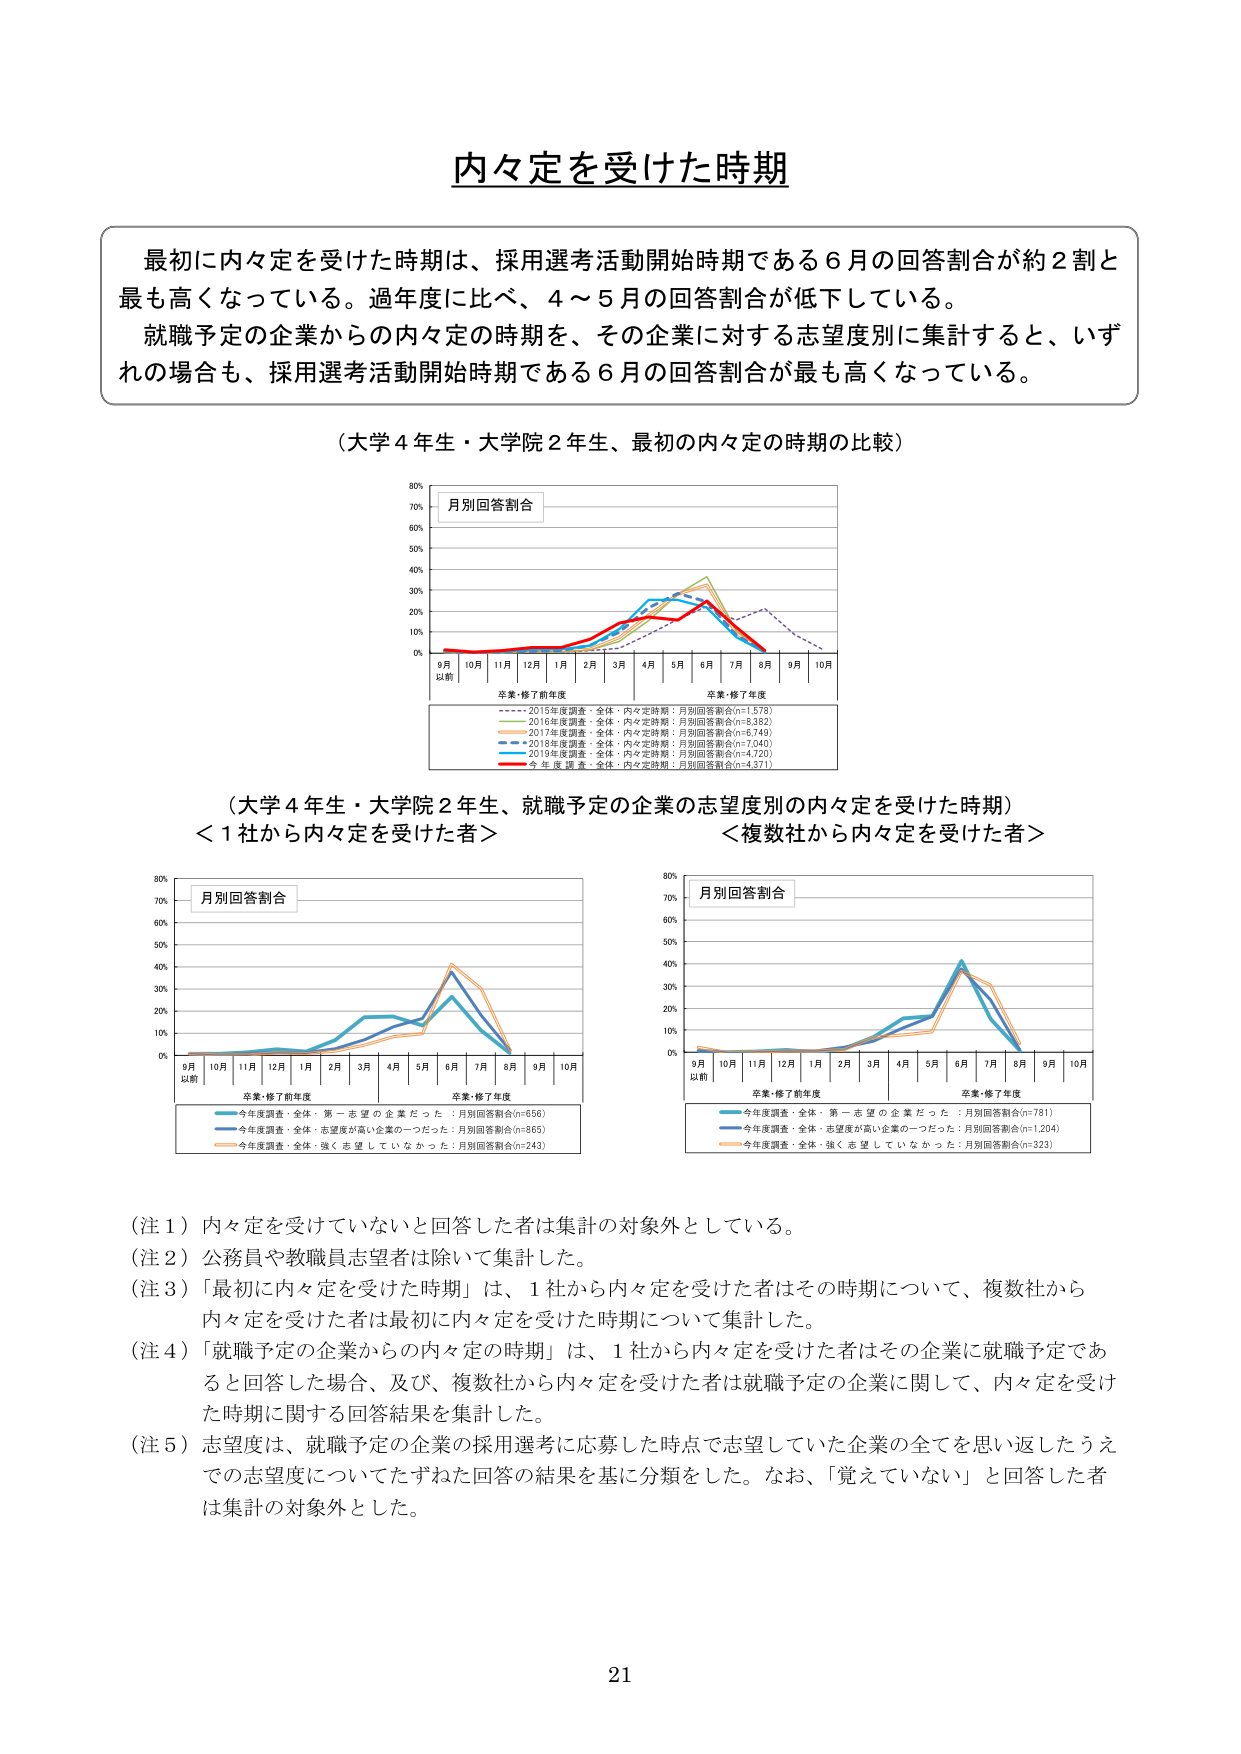
内々定を受けた時期

最初に内々定を受けた時期は、採用選考活動開始時期である6月の回答割合が約2割と最も高くなっている。過年度に比べ、4～5月の回答割合が低下している。
就職予定の企業からの内々定の時期を、その企業に対する志望度別に集計すると、いずれの場合も、採用選考活動開始時期である6月の回答割合が最も高くなっている。

（大学4年生・大学院2年生、最初の内々定の時期の比較）

月別回答割合
9月以前 10月 11月 12月 1月 2月 3月 4月 5月 6月 7月 8月 9月 10月
卒業・修了前年度 卒業・修了年度
---- 2015年度調査・全体・内々定時期：月別回答割合(n=1,578)
---- 2016年度調査・全体・内々定時期：月別回答割合(n=8,382)
---- 2017年度調査・全体・内々定時期：月別回答割合(n=8,749)
---- 2018年度調査・全体・内々定時期：月別回答割合(n=7,040)
---- 2019年度調査・全体・内々定時期：月別回答割合(n=4,720)
---- 今年度調査・全体・内々定時期：月別回答割合(n=4,371)

（大学4年生・大学院2年生、就職予定の企業の志望度別の内々定を受けた時期）
＜1社から内々定を受けた者＞
月別回答割合
9月以前 10月 11月 12月 1月 2月 3月 4月 5月 6月 7月 8月 9月 10月
卒業・修了前年度 卒業・修了年度
---- 今年度調査・全体・第一志望の企業だった：月別回答割合(n=656)
---- 今年度調査・全体・志望度が高い企業の一つだった：月別回答割合(n=865)
---- 今年度調査・全体・強く志望していなかった：月別回答割合(n=243)

＜複数社から内々定を受けた者＞
月別回答割合
9月以前 10月 11月 12月 1月 2月 3月 4月 5月 6月 7月 8月 9月 10月
卒業・修了前年度 卒業・修了年度
---- 今年度調査・全体・第一志望の企業だった：月別回答割合(n=781)
---- 今年度調査・全体・志望度が高い企業の一つだった：月別回答割合(n=1,204)
---- 今年度調査・全体・強く志望していなかった：月別回答割合(n=323)

（注1）内々定を受けていないと回答した者は集計の対象外としている。
（注2）公務員や教職員志望者は除いて集計した。
（注3）「最初に内々定を受けた時期」は、1社から内々定を受けた者はその時期について、複数社から内々定を受けた者は最初に内々定を受けた時期について集計した。
（注4）「就職予定の企業からの内々定の時期」は、1社から内々定を受けた者はその企業に就職予定であると回答した場合、及び、複数社から内々定を受けた者は就職予定の企業に関して、内々定を受けた時期に関する回答結果を集計した。
（注5）志望度は、就職予定の企業の採用選考に応募した時点で志望していた企業の全てを思い返したうえでの志望度についてたずねた回答の結果を基に分類した。なお、「覚えていない」と回答した者は集計の対象外とした。

21